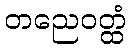
တညေဝတ္ထံ